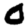
Digit: 0